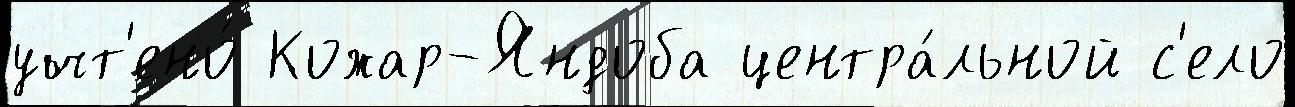
учт'ено́ Кожар-Яндоба центра́льной с'ело